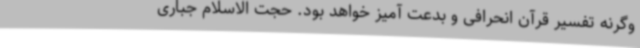
وگرنه تفسیر قرآن انحرافی و بدعت آمیز خواهد بود. حجت الاسلام جباری